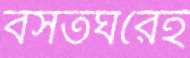
বসতঘরেই